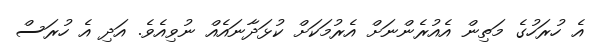
އެ ހުރަހުގެ މަތިން އެއުރެންނަށް އެރުމަކަށް ކުޅަދާނައެއް ނުވިއެވެ. އަދި އެ ހުރަސް